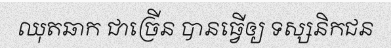
ឈុតឆាក ជាច្រើន បានធ្វើឲ្យ ទស្សនិកជន